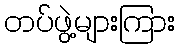
တပ်ဖွဲ့များကြား